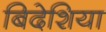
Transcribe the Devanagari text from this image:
बिदेशिया